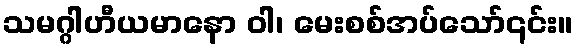
သမဂ္ဂါဟီယမာနော ဝါ၊ မေးစစ်အပ်သော်၎င်း။